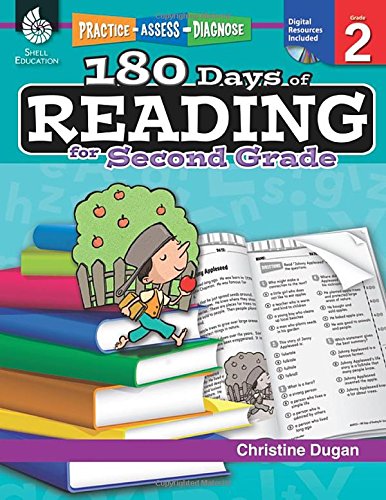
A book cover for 180 Days of Reading for Second Grade (Practice, Assess, Diagnose); Christine Dugan; Reference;